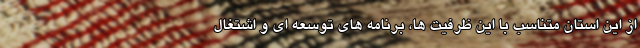
از این استان متناسب با این ظرفیت ها، برنامه های توسعه ای و اشتغال